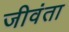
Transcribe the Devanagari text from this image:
जीवंता